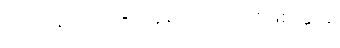
၆။ ဝါသာဂါရ = နေရာကျောင်းဖြစ်ခြင်း၊